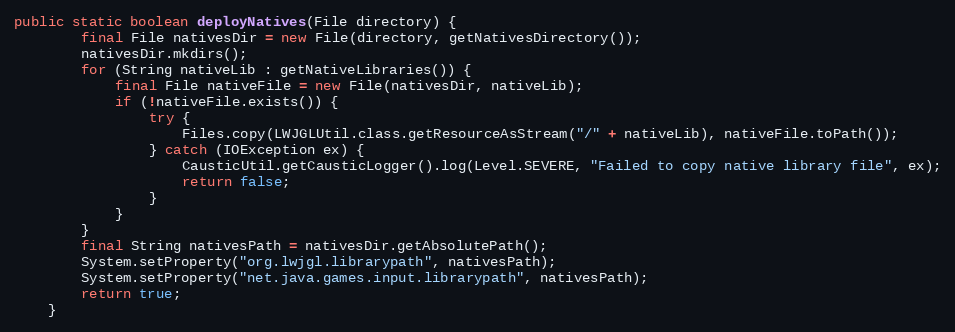
Language: Java
public static boolean deployNatives(File directory) {
        final File nativesDir = new File(directory, getNativesDirectory());
        nativesDir.mkdirs();
        for (String nativeLib : getNativeLibraries()) {
            final File nativeFile = new File(nativesDir, nativeLib);
            if (!nativeFile.exists()) {
                try {
                    Files.copy(LWJGLUtil.class.getResourceAsStream("/" + nativeLib), nativeFile.toPath());
                } catch (IOException ex) {
                    CausticUtil.getCausticLogger().log(Level.SEVERE, "Failed to copy native library file", ex);
                    return false;
                }
            }
        }
        final String nativesPath = nativesDir.getAbsolutePath();
        System.setProperty("org.lwjgl.librarypath", nativesPath);
        System.setProperty("net.java.games.input.librarypath", nativesPath);
        return true;
    }